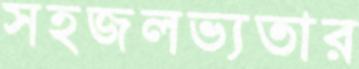
সহজলভ্যতার